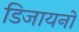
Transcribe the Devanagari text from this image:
डिजायनों